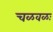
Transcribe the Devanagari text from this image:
चळवळः